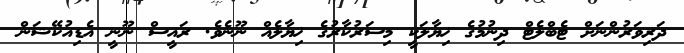
ދަރިވަރުންނަށް ޓެބްލެޓް ދިނުމުގެ ޚިޔާލަކީ މިސަރުކާރުގެ ޚިޔާލެއް ނޫނެވެ. ރައީސް ނޫނީ އެޑިއުކޭޝަން